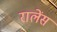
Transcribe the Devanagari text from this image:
रालेंस